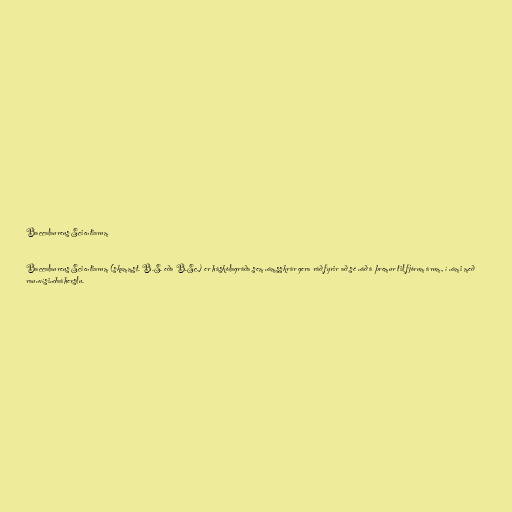
Baccalaureus Scientiarum

Baccalaureus Scientiarum (skammst. B.S. eða B.Sc.) er háskólagráða sem námsskrár gera ráð fyrir að sé náð á þremur til fjórum árum, í námi með
raunvísindaáherslu.